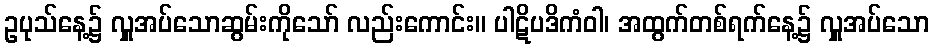
ဥပုသ်နေ့၌ လှူအပ်သောဆွမ်းကိုသော် လည်းကောင်း။ ပါဋိပဒိကံဝါ၊ အထွက်တစ်ရက်နေ့၌ လှူအပ်သော